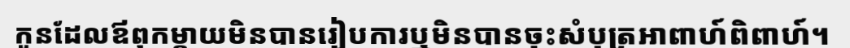
កូនដែលឪពុកម្តាយមិនបានរៀបការឬមិនបានចុះសំបុត្រអាពាហ៍ពិពាហ៍។